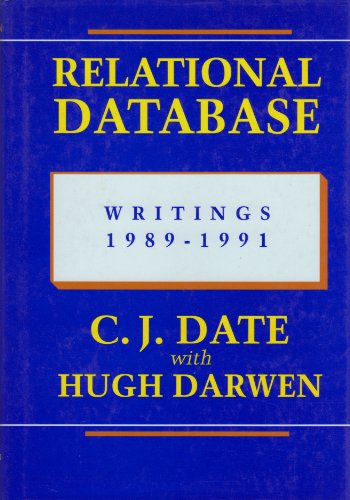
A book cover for Relational Database Writings, 1989-1991; C. J. Date; Computers & Technology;